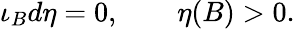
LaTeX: \iota_{B}d\eta=0,\qquad\eta(B)>0.